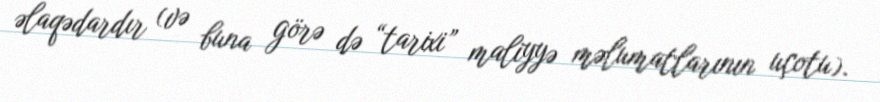
əlaqədardır (və buna görə də “tarixi” maliyyə məlumatlarının uçotu).